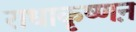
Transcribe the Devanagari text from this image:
राधाकृष्णऩ